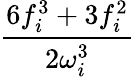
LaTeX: \frac{6f_{i}^{3}+3f_{i}^{2}}{2\omega_{i}^{3}}